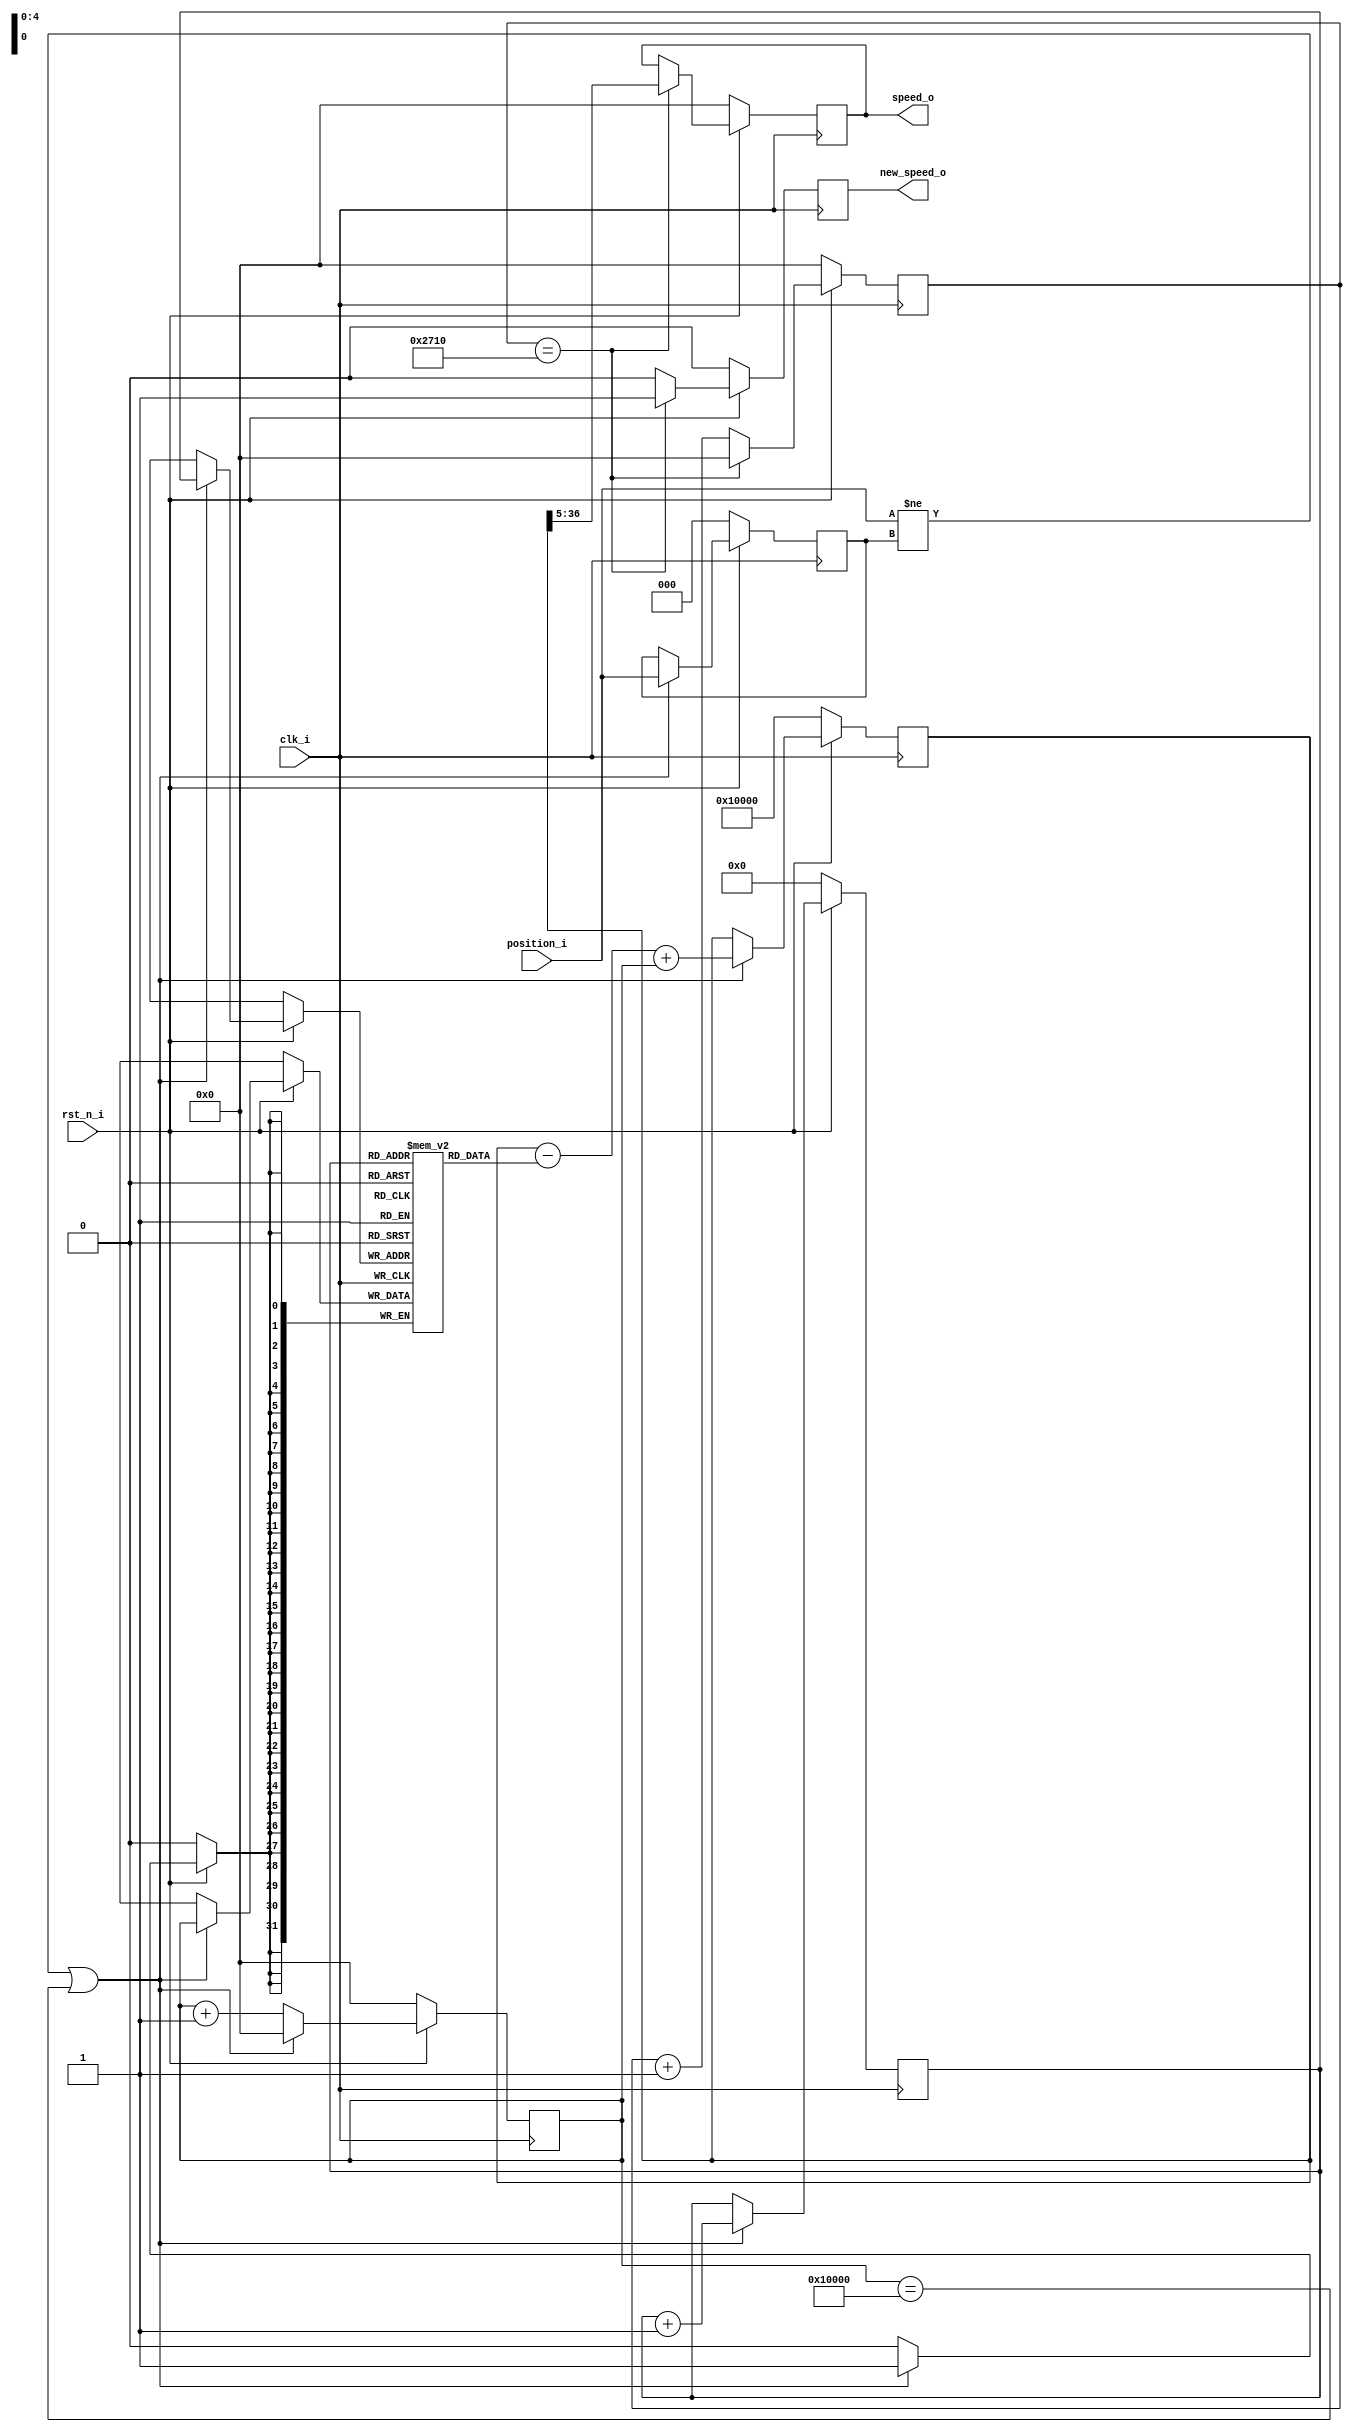
// -----------------------------------------------------------------------------
//
// Copyright 2013(c) Analog Devices, Inc.
//
// All rights reserved.
//
// Redistribution and use in source and binary forms, with or without modification,
// are permitted provided that the following conditions are met:
//  - Redistributions of source code must retain the above copyright
//    notice, this list of conditions and the following disclaimer.
//  - Redistributions in binary form must reproduce the above copyright
//    notice, this list of conditions and the following disclaimer in
//    the documentation and/or other materials provided with the
//    distribution.
//  - Neither the name of Analog Devices, Inc. nor the names of its
//    contributors may be used to endorse or promote products derived
//    from this software without specific prior written permission.
//  - The use of this software may or may not infringe the patent rights
//    of one or more patent holders.  This license does not release you
//    from the requirement that you obtain separate licenses from these
//    patent holders to use this software.
//  - Use of the software either in source or binary form, must be run
//    on or directly connected to an Analog Devices Inc. component.
//
// THIS SOFTWARE IS PROVIDED BY ANALOG DEVICES "AS IS" AND ANY EXPRESS OR IMPLIED
// WARRANTIES, INCLUDING, BUT NOT LIMITED TO, NON-INFRINGEMENT, MERCHANTABILITY
// AND FITNESS FOR A PARTICULAR PURPOSE ARE DISCLAIMED.
// IN NO EVENT SHALL ANALOG DEVICES BE LIABLE FOR ANY DIRECT, INDIRECT, INCIDENTAL,
// SPECIAL, EXEMPLARY, OR CONSEQUENTIAL DAMAGES (INCLUDING, BUT NOT LIMITED TO,
// INTELLECTUAL PROPERTY RIGHTS, PROCUREMENT OF SUBSTITUTE GOODS OR SERVICES;
// LOSS OF USE, DATA, OR PROFITS; OR BUSINESS INTERRUPTION) HOWEVER CAUSED AND
// ON ANY THEORY OF LIABILITY, WHETHER IN CONTRACT, STRICT LIABILITY, OR TORT
// (INCLUDING NEGLIGENCE OR OTHERWISE) ARISING IN ANY WAY OUT OF THE USE OF THIS
// SOFTWARE, EVEN IF ADVISED OF THE POSSIBILITY OF SUCH DAMAGE.
//
// -----------------------------------------------------------------------------
// MODULE NAME : speed_detector
// AUTHORS EMAIL : adrian.costina@analog.com
// -----------------------------------------------------------------------------
// SVN REVISION: $WCREV$
// -----------------------------------------------------------------------------
// KEYWORDS :
// -----------------------------------------------------------------------------
// PURPOSE : Detects the speed of rotation of a motor
// -----------------------------------------------------------------------------
// REUSE ISSUES
// Reset Strategy      :
// Clock Domains       :
// Critical Timing     :
// Test Features       :
// Asynchronous I/F    :
// Instantiations      :
// Synthesizable (y/n) :
// Target Device       :
// Other               :
// -----------------------------------------------------------------------------

`timescale 1ns / 1ps

module speed_detector
//----------- Paramters Declarations -------------------------------------------
#(
    parameter   AVERAGE_WINDOW   = 32,       // Averages data on the latest samples
    parameter   LOG_2_AW         = 5,
	parameter	SAMPLE_CLK_DECIM = 10000
)
//----------- Ports Declarations -----------------------------------------------
(
    input               clk_i,
    input               rst_n_i,
    input       [ 2:0]  position_i,         // position as determined by the sensors
    output reg          new_speed_o,        // signals a new speed has been computed
    output reg  [31:0]  speed_o             // data bus with the current speed
);
//------------------------------------------------------------------------------
//----------- Registers Declarations -------------------------------------------
//------------------------------------------------------------------------------
reg [2:0]   old_position;
reg [63:0]  avg_register;
reg [31:0]  cnt_period;
reg [31:0]  fifo[0 : AVERAGE_WINDOW - 1]; // 32 bit wide RAM
reg [LOG_2_AW - 1 : 0] write_addr;

reg [31:0]  sample_clk_div;

//------------------------------------------------------------------------------
//----------- Local Parameters -------------------------------------------------
//------------------------------------------------------------------------------
localparam MAX_SPEED_CNT = 32'h00010000;
//------------------------------------------------------------------------------
//----------- Assign/Always Blocks ---------------------------------------------
//------------------------------------------------------------------------------

// Accumulate the time for the rotations for which we want to make the average
always @(posedge clk_i)
begin
    if (rst_n_i == 1'b0)
    begin
        cnt_period      <= 32'h0;
        old_position    <= 3'h0;
		write_addr      <= 0;
		avg_register	<= MAX_SPEED_CNT;
    end
    else
    begin
        if ((position_i != old_position) || (cnt_period == MAX_SPEED_CNT))     // when the position changes
        begin
            cnt_period   <= 32'h0;           // reset the period counter
			old_position <= position_i;      // save the new position

			avg_register <= avg_register - fifo[write_addr] + cnt_period;
				
			fifo[write_addr] <= cnt_period;
			write_addr <= write_addr + 1;
        end
        else
        begin
            cnt_period  <= cnt_period + 32'h1;
        end
    end
end

always @(posedge clk_i)
begin
	if (rst_n_i == 1'b0)
	begin
		sample_clk_div <= 0;
		speed_o <= 0;
		new_speed_o <= 0;
	end
	else
	begin
		if(sample_clk_div == SAMPLE_CLK_DECIM)
		begin
			sample_clk_div <= 0;
			speed_o <= (avg_register >> LOG_2_AW);
			new_speed_o <= 1;
		end
		else
		begin
			sample_clk_div <= sample_clk_div + 1;
			new_speed_o <= 0;
		end
	end
end

endmodule